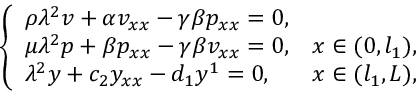
\left\{ \begin{array} { l l } { \rho { \lambda } ^ { 2 } v + \alpha v _ { x x } - \gamma \beta p _ { x x } = 0 , } & \\ { \mu { \lambda } ^ { 2 } p + \beta p _ { x x } - \gamma \beta v _ { x x } = 0 , } & { x \in ( 0 , l _ { 1 } ) , } \\ { { \lambda } ^ { 2 } y + c _ { 2 } y _ { x x } - d _ { 1 } y ^ { 1 } = 0 , } & { x \in ( l _ { 1 } , L ) , } \end{array} \right.